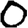
Digit: 0